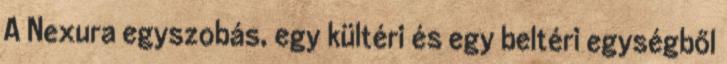
A Nexura egyszobás, egy kültéri és egy beltéri egységből